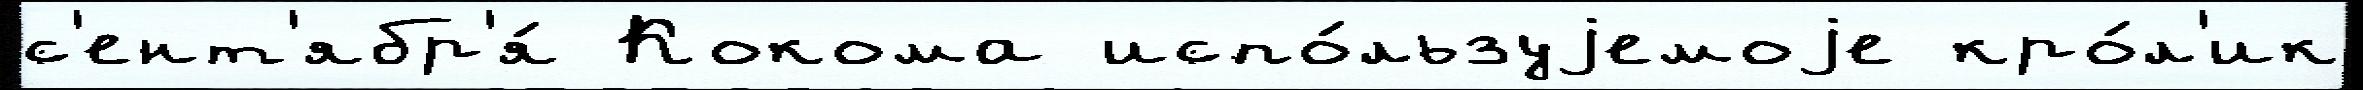
с'ент'ябр'я́ Кокома испо́льзуjемоjе кро́л'ик